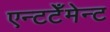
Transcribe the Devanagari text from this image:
एन्टटेँमेन्ट